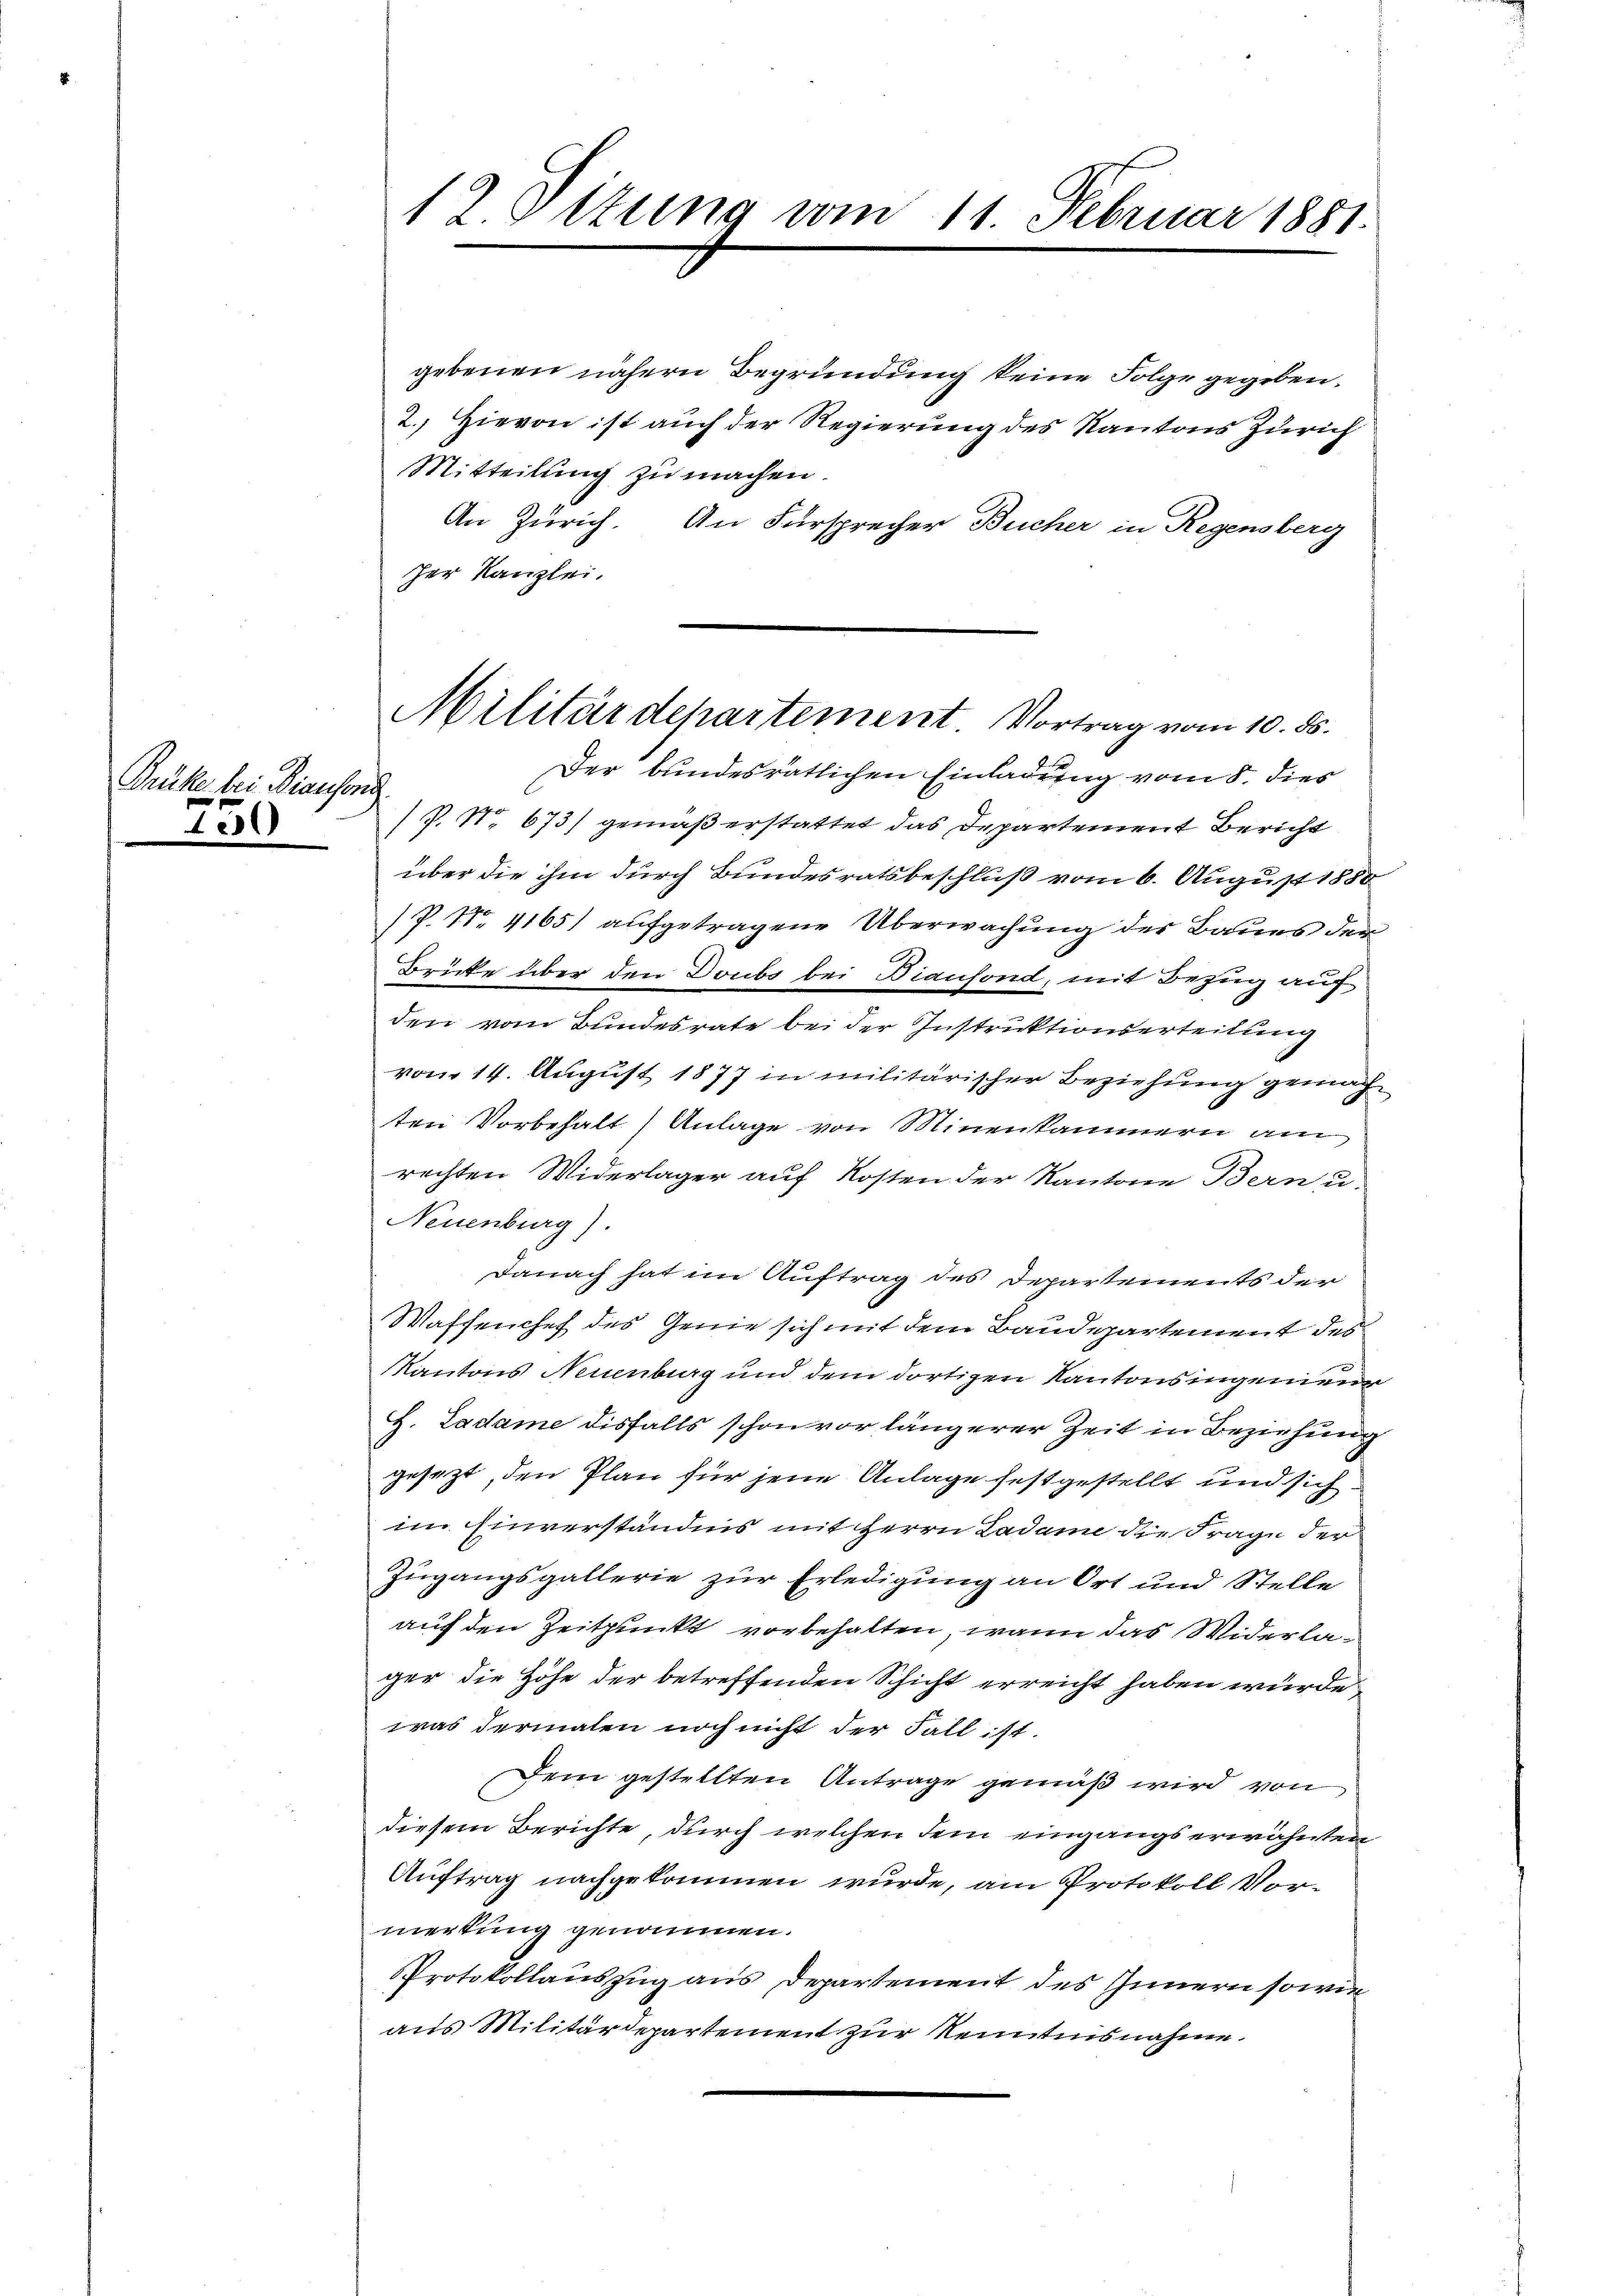
Grüke bei Diausend
1000

12 Ottung vom 11. Februar 1881.

gebenen nähern Begründung keine Folge gegeben.
2.) Hievon ist auch der Regierung des Kantons Zürich
Mitteilung zu machen.
An Zürich. An Fürsprecher Bücher in Regensberg
her Kanzlei.
P. No 673/ gemäß erstattet das Departement Bericht
über die ihm durch Bundesratsbeschluß vom 6. August 1850
P. Nr. 4165) aufgetragene Überwachung der Baues der
Brücke über den Doubs bei Biansond, mit Bezug auf
den vom Bundesrate bei der Instruktionserteilung
vom 14. August 1877 in militärischer Beziehung gemach
ten Vorbehalt) Anlage von Minenkammern am
rechten Widerlager auf Kosten der Kantone Bern u.
Neuenburg).
Danach hat im Auftrag des Departements der
Waffenchef des Genie sich mit dem Baudepartement des
Kantons Neuenburg und dem dortigen Kantonsingenieur
G. Ladame disfalls schon vor längerer Zeit in Beziehung
gesezt, den Plan für jene Anlage festgestellt und sich
im Einverständnis mit Herrn Ladame die Frage der
Zugangsgallerie zur Erledigung an Ort und Stelle
auf den Zeitpunkt vorbehalten, wann das Widerlager die Höhe der betreffenden Schicht erreicht haben wurde
was dermalen noch nicht der Fall ist.
Dem gestellten Antrage gemäß wird von
diesem Berichte, durch welchen dem eingangs erwähnten
Auftrag nachgekommen wurde, am Protokoll Vormertung genommen.
Protokollauszug aus Departement des Innern sowie
aus Militärdepartement zur Kenntnisnahme.

Militärdepartement Vortrag vom 10. ds.
Der bundesrätlichen Einladung vom 8. dies